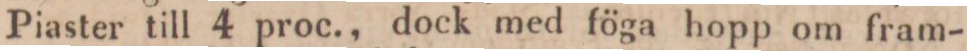
Piaster till 4 proc., dock med föga hopp om fram-